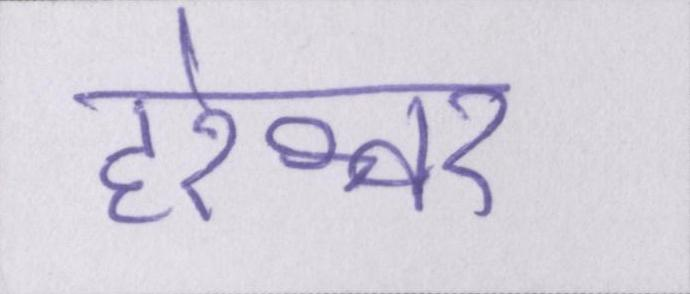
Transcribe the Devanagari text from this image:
हरेश्वर